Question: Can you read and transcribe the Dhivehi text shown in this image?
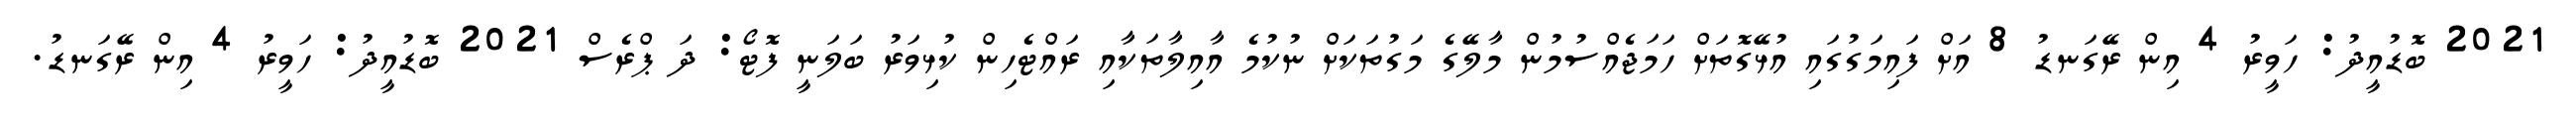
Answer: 2021 ބޮޑުއީދު: ހަވީރު 4 އިން ރޭގަނޑު 8 އަށް ފައިމަގުގައި އުޅޭގޮތަށް ހަމަޖެއްސުމުން މާލޭގެ މަގުތަކަށް ނުކުމެ އާއިލާތަކާއި ރައްޓެހިން ކުޅިވަރު ބަލަނީ ފޮޓޯ: ދަ ޕްރެސް 2021 ބޮޑުއީދު: ހަވީރު 4 އިން ރޭގަނޑު.